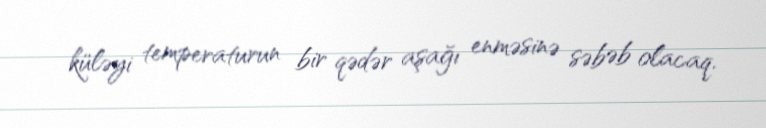
küləyi temperaturun bir qədər aşağı enməsinə səbəb olacaq.